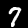
Label: 7